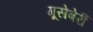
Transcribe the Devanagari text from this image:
गूसेबेर्री